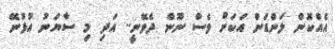
އެއްކޮން ލަންޑަން އަކަށް ވެސް ނޫން ދެވޭނީ.. އަދި މި ސާޔަނު އުޅުނޭ